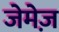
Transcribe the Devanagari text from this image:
जेमेज़